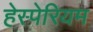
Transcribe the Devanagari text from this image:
हेस्पेरियम